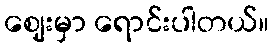
ဈေးမှာ ရောင်းပါတယ်။